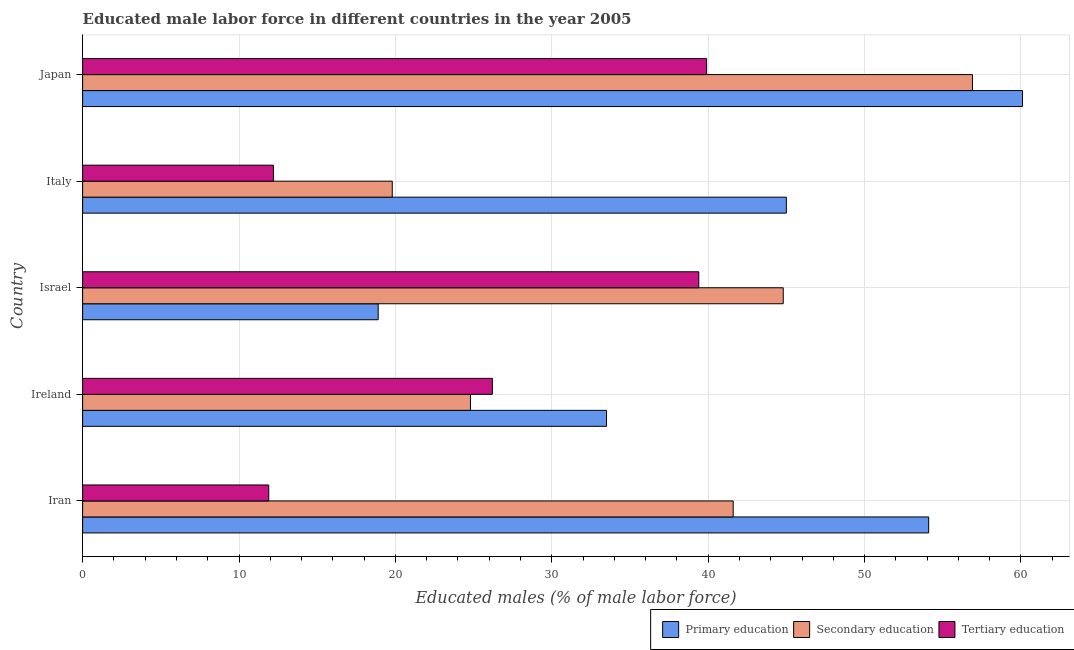
| Country | Primary education | Secondary education | Tertiary education |
 | --- | --- | --- | --- |
 | Iran | 54.1 | 41.6 | 11.9 |
 | Ireland | 33.5 | 24.8 | 26.2 |
 | Israel | 18.9 | 44.8 | 39.4 |
 | Italy | 45 | 19.8 | 12.2 |
 | Japan | 60.1 | 56.9 | 39.9 |